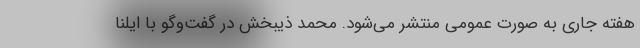
هفته جاری به صورت عمومی منتشر می‌شود. محمد ذیبخش در گفت‌وگو با ایلنا